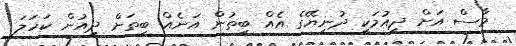
މާސް އަށް ދިއުމަކީ ދުނިޔޭގެ އެއް ބިތުން އަނެއް ބިތަށް ދިއުން ކަހަލަ